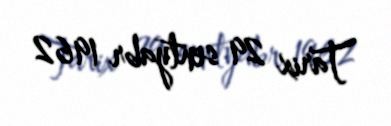
Tarix 29 sentyabr 1962